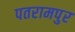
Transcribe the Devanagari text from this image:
पतरामपुर